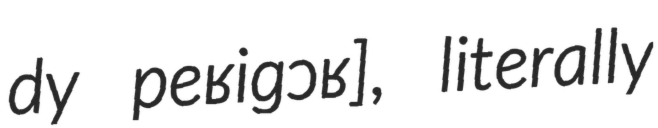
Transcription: dy peʁiɡɔʁ], literally